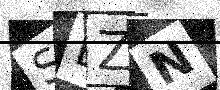
Text: SEZN